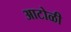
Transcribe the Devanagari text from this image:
आटोळी